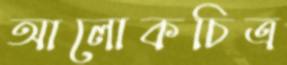
আলোকচিত্র